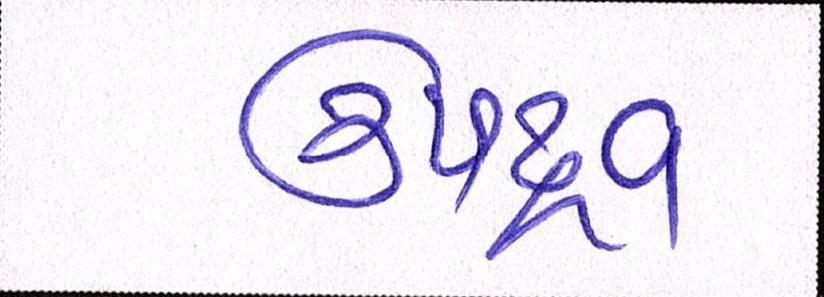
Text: ઉપદ્રવ